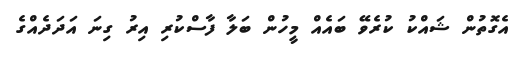
އެގޮތުން ޝައްކު ކުރެވޭ ބައެއް މީހުން ބަލާ ފާސްކުރި އިރު ގިނަ އަދަދެއްގެ